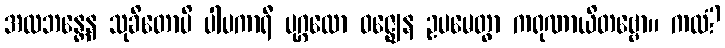
အလဘန္တေန သုခိတောပိ ပါပကာရီ ပုဂ္ဂလော ဝဇ္ဈေန ဥပမေတွာ ကရုဏာယိတဗ္ဗော။ ကထံ?